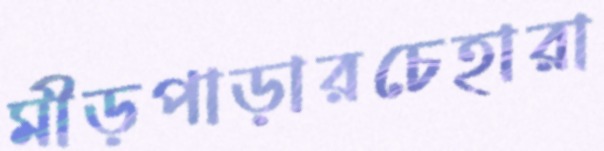
মীড়পাড়ারচেহারা